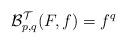
LaTeX: \begin{align*}\mathcal{B}_{p,q}^{\mathcal{T}}(F,f)=f^{q}\end{align*}